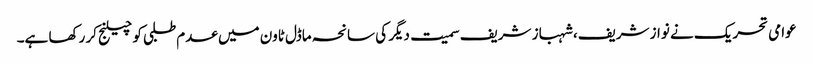
عوامی تحریک نے نواز شریف، شہباز شریف سمیت دیگر کی سانحہ ماڈل ٹاون میں عدم طلبی کو چیلنج کر رکھا ہے۔